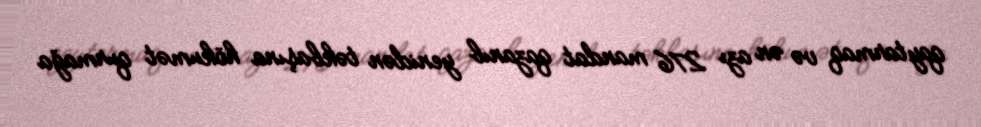
qaytarmaq və ən azı 276 mandat qazanıb yenidən təkbaşına hökumət qurmağa